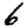
Digit: 6